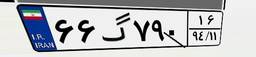
۶۶گ۷۹۰۱۶